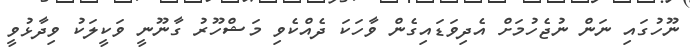
ނޫހުގައި ނަން ނުޖެހުމަށް އެދިވަޑައިގެން ވާހަކަ ދެއްކެވި މަޝްހޫރު ގާނޫނީ ވަކީލަކު ވިދާޅުވީ